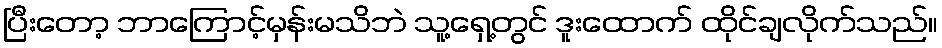
ပြီးတော့ ဘာကြောင့်မှန်းမသိဘဲ သူ့ရှေ့တွင် ဒူးထောက် ထိုင်ချလိုက်သည်။